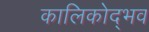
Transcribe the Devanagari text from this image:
कालिकोद्भव